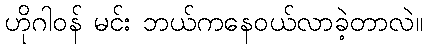
ဟိုဂါဝန် မင်း ဘယ်ကနေဝယ်လာခဲ့တာလဲ။